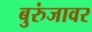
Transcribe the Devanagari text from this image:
बुरुंजावर